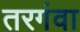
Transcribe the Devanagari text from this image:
तरगंवा